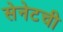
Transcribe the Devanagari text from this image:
सेनेटची